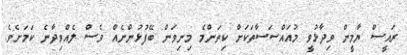
ރައީސް ޔާމީން ވިދާޅުވީ މުއައްސަސާތަކަށް ކިތަންމެ މިނިވަން ބޭފުޅުންނެއް ވެސް ލެއްވިދާނެ ކަމަށެވެ.